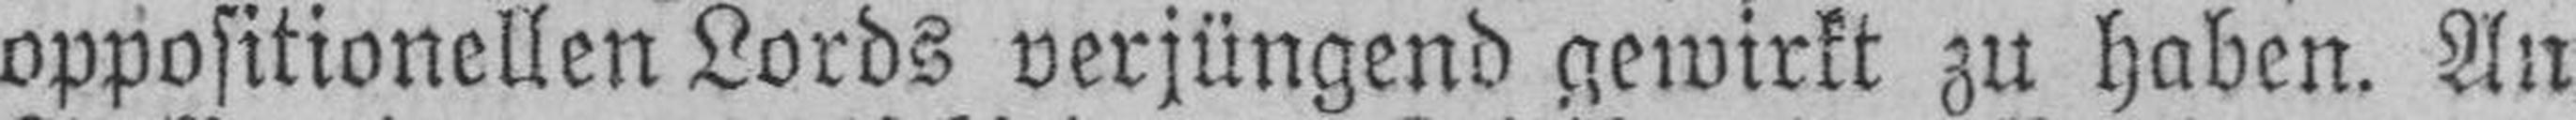
oppositionellen Lords verjüngend gewirkt zu haben. An